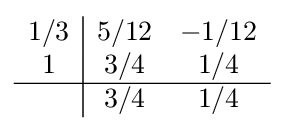
{\begin{array}{c|cc}1/3&5/12&-1/12\\1&3/4&1/4\\\hline &3/4&1/4\\\end{array}}